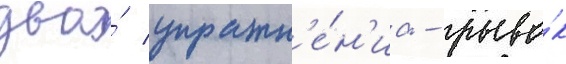
два́ упражн'е́н'иа - рыво́к